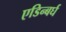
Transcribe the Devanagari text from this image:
एडिन्बर्घ